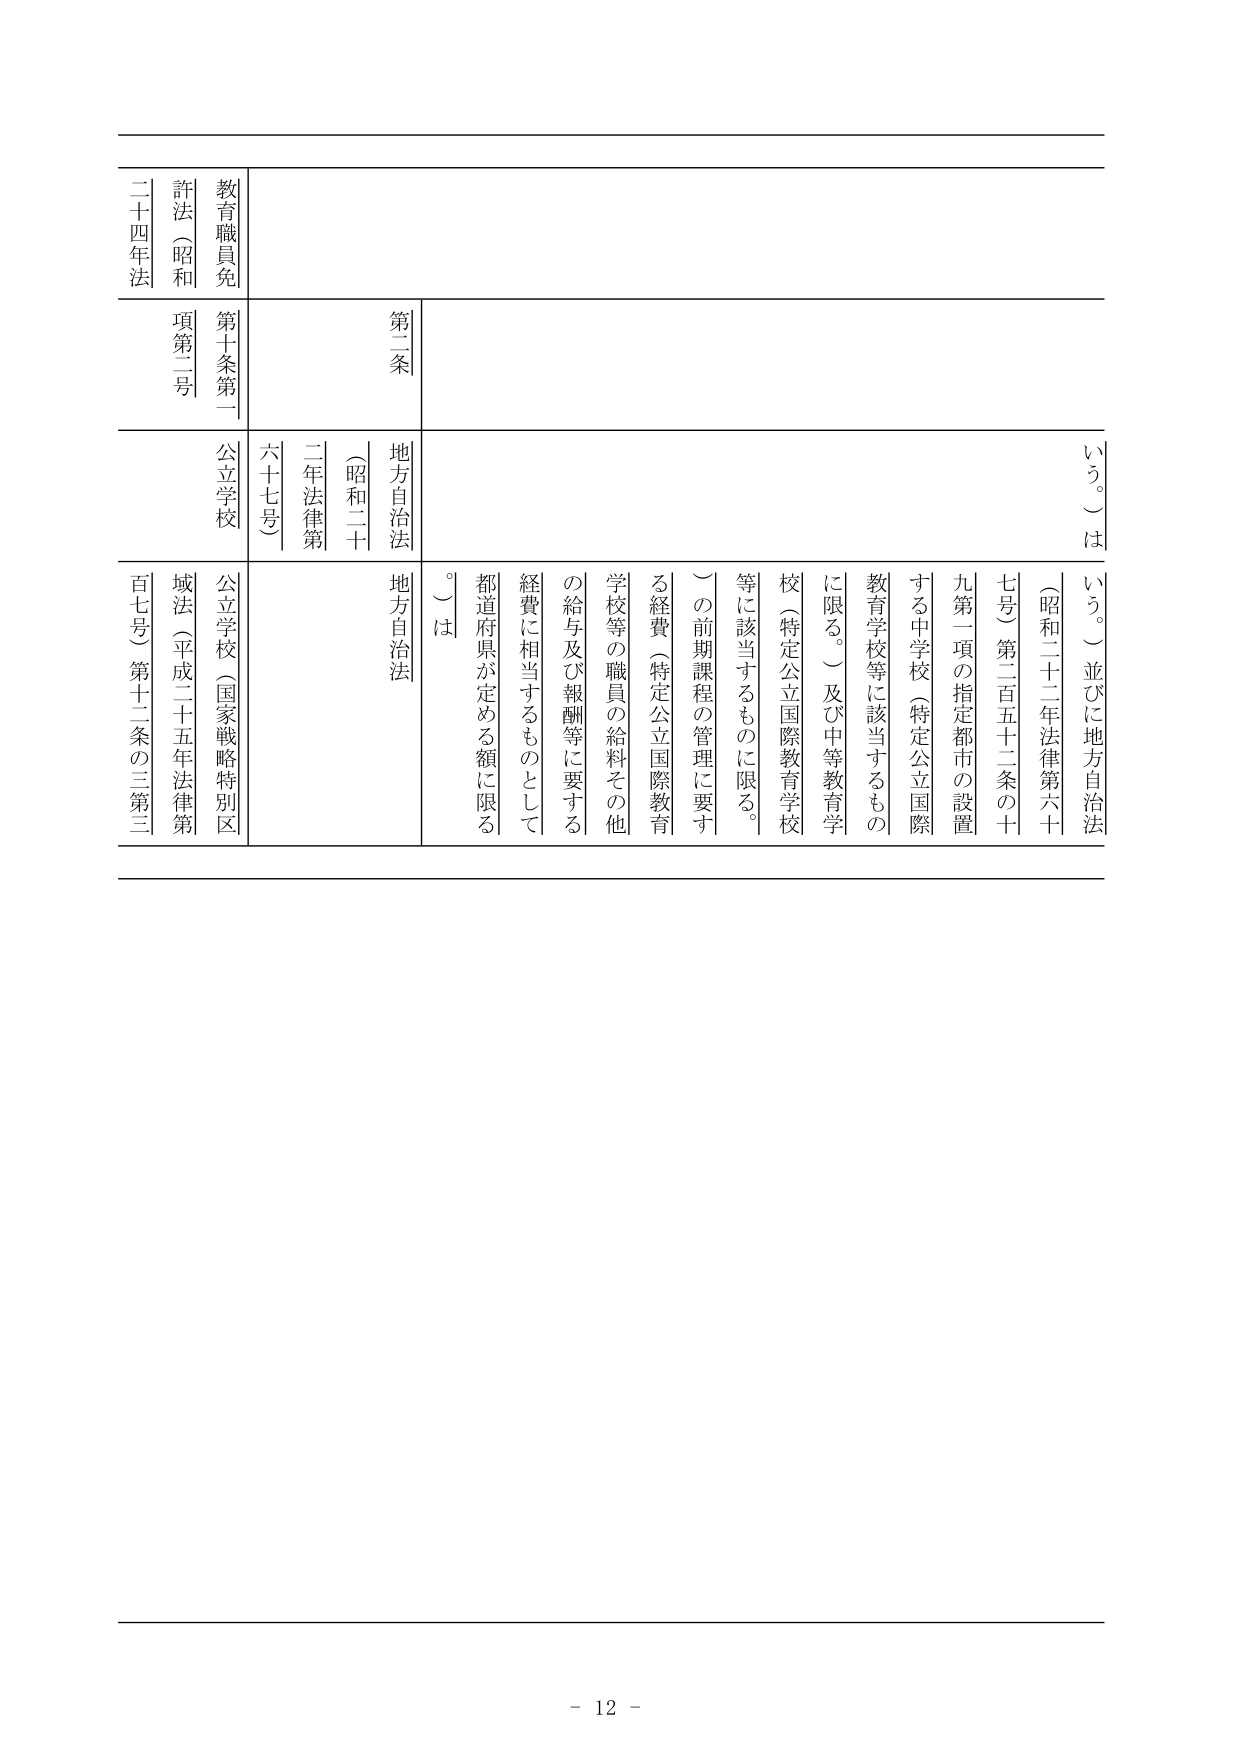
教育職員免許法（昭和二十四年法）
第十条第一項第二号

第二条

地方自治法（昭和二十二年法律第六十七号）

公立学校

地方自治法

（昭和二十二年法律第六十七号）第二百五十二条の十九第一項の指定都市の設置する中学校（特定公立国際教育学校等に該当するものに限る。）及び中等教育学校（特定公立国際教育学校等に該当するものに限る。）の前期課程の管理に要する経費（特定公立国際教育学校等の職員の給料その他の給与及び報酬等に要する経費に相当するものとして都道府県が定める額に限る。）は

公立学校（国家戦略特別区域法（平成二十五年法律第百七号）第十二条の三第三

- 12 -